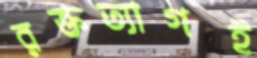
রক্তত্যাগই